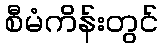
စီမံကိန်းတွင်